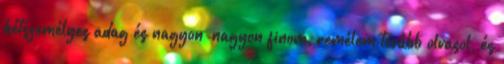
kétszemélyes adag és nagyon-nagyon finom, remélem tovább olvasol, és